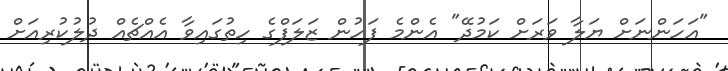
"އަހަންނަށް ޔަލާ ވަރަށް ކަމުދޭ" އެންމެ ފަހުން ޒަލަފްގެ ހިތުގައިވާ އެއްޗެއް ދުލުކުރިއަށް